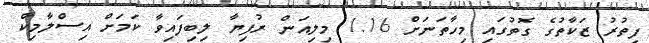
ފިތުރު ޒަކާތުގެ ގޮތުގައި މިހާތަނަށް 1.16 މިލިއަން ރުފިޔާ ލިބިފައިވާ ކަމަށް އިސްލާމިކް